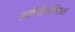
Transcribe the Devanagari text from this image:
स्कैंडीनेवियन